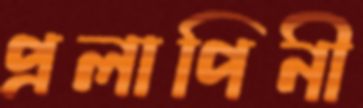
প্রলাপিনী